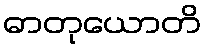
ဓာတုယောတိ